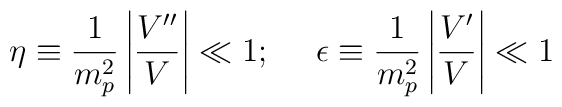
\eta   \equiv   \frac{1}{m_p^2} \left |\frac{V''}{V} \right | \ll 1; ~~~~\epsilon  \equiv   \frac{1}{m_p^2} \left |\frac{V'}{V} \right | \ll 1